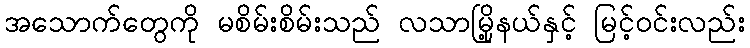
အသောက်တွေကို မစိမ်းစိမ်းသည် လသာမြို့နယ်နှင့် မြင့်ဝင်းလည်း